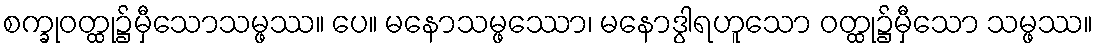
စက္ခုဝတ္ထု၌မှီသောသမ္ဖဿ။ ပေ။ မနောသမ္ဖဿော၊ မနောဒွါရဟူသော ဝတ္ထု၌မှီသော သမ္ဖဿ။